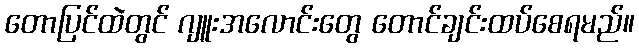
တောပြင်ထဲတွင် ဂျူးအလောင်းတွေ တောင်ချင်းထပ်စေရမည်။